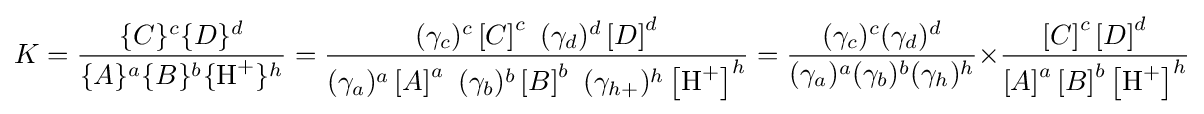
K={\frac {\{C\}^{c}\{D\}^{d}}{\{A\}^{a}\{B\}^{b}\{{\mathrm {H} {\vphantom {A}}^{+}}\}^{h}}}={\frac {(\gamma _{c})^{c}\left[C\right]^{c}\ (\gamma _{d})^{d}\left[D\right]^{d}}{(\gamma _{a})^{a}\left[A\right]^{a}\ (\gamma _{b})^{b}\left[B\right]^{b}\ (\gamma _{h+})^{h}\left[{\mathrm {H} {\vphantom {A}}^{+}}\right]^{h}}}={\frac {(\gamma _{c})^{c}(\gamma _{d})^{d}}{(\gamma _{a})^{a}(\gamma _{b})^{b}(\gamma _{h})^{h}}}{\text{×}}{\frac {\left[C\right]^{c}\left[D\right]^{d}}{\left[A\right]^{a}\left[B\right]^{b}\left[{\mathrm {H} {\vphantom {A}}^{+}}\right]^{h}}}